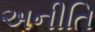
અનીતિ